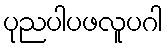
ပုညပါပဖလူပဂါ